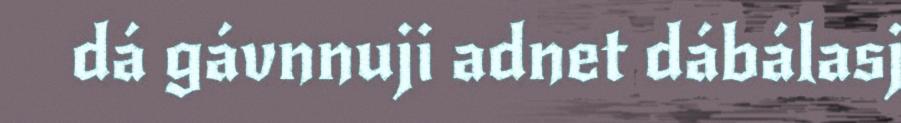
dá gávnnuji adnet dábálasj